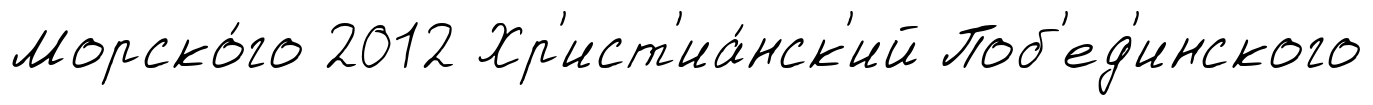
Морско́го 2012 Хр'ист'иа́нск'ий Поб'ед'инского